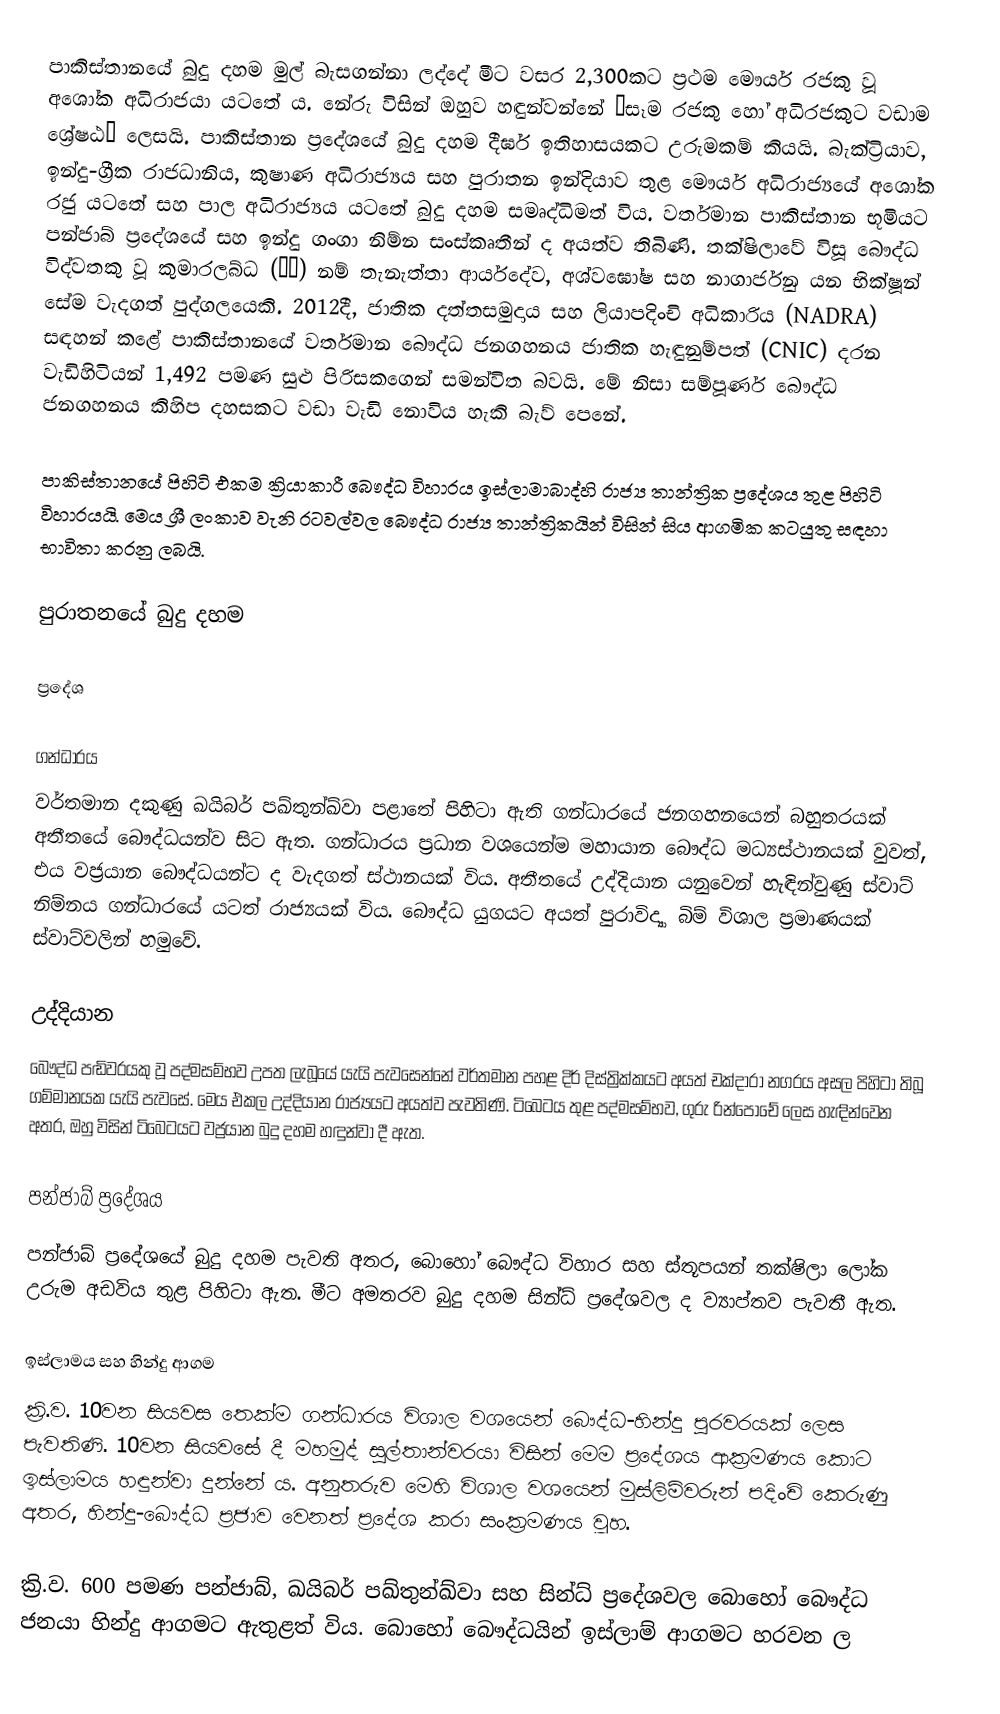
පාකිස්තානයේ බුදු දහම මුල් බැසගන්නා ලද්දේ මීට වසර 2,300කට ප්‍රථම මෞර්ය රජකු වූ අශෝක අධිරාජයා යටතේ ය. නේරු විසින් ඔහුව හඳුන්වන්නේ “සෑම රජකු හෝ අධිරජකුට වඩාම ශ්‍රේෂඨ” ලෙසයි. පාකිස්තාන ප්‍රදේශයේ බුදු දහම දීර්ඝ ඉතිහාසයකට උරුමකම් කියයි. බැක්ට්‍රියාව, ඉන්දු-ග්‍රීක රාජධානිය, කුෂාණ අධිරාජ්‍යය සහ පුරාතන ඉන්දියාව තුළ මෞර්ය අධිරාජ්‍යයේ අශෝක රජු යටතේ සහ පාල අධිරාජ්‍යය යටතේ බුදු දහම සමෘද්ධිමත් විය. වර්තමාන පාකිස්තාන භූමියට පන්ජාබ් ප්‍රදේශයේ සහ ඉන්දු ගංගා නිම්න සංස්කෘතීන් ද අයත්ව තිබිණි. තක්ෂිලාවේ විසූ බෞද්ධ විද්වතකු වූ කුමාරලබ්ධ (童受) නම් තැනැත්තා ආර්යදේව, අශ්වඝෝෂ සහ නාගාර්ජුන යන භික්ෂූන් සේම වැදගත් පුද්ගලයෙකි. 2012දී, ජාතික දත්තසමුදාය සහ ලියාපදිංචි අධිකාරිය (NADRA) සඳහන් කළේ පාකිස්තානයේ වර්තමාන බෞද්ධ ජනගහනය ජාතික හැඳුනුම්පත් (CNIC) දරන වැඩිහිටියන් 1,492 පමණ සුළු පිරිසකගෙන් සමන්විත බවයි. මේ නිසා සම්පූර්ණ බෞද්ධ ජනගහනය කිහිප දහසකට වඩා වැඩි නොවිය හැකි බැව් පෙනේ.

පාකිස්තානයේ පිහිටි එකම ක්‍රියාකාරී බෞද්ධ විහාරය ඉස්ලාමාබාද්හි රාජ්‍ය තාන්ත්‍රික ප්‍රදේශය තුළ පිහිටි විහාරයයි. මෙය ශ්‍රී ලංකාව වැනි රටවල්වල බෞද්ධ රාජ්‍ය තාන්ත්‍රිකයින් විසින් සිය ආගමික කටයුතු සඳහා භාවිතා කරනු ලබයි.

පුරාතනයේ බුදු දහම

ප්‍රදේශ

ගන්ධාරය
වර්තමාන දකුණු ඛයිබර් පඛ්තුන්ඛ්වා පළාතේ පිහිටා ඇති ගන්ධාරයේ ජනගහනයෙන් බහුතරයක් අතීතයේ බෞද්ධයන්ව සිට ඇත. ගන්ධාරය ප්‍රධාන වශයෙන්ම මහායාන බෞද්ධ මධ්‍යස්ථානයක් වුවත්, එය වජ්‍රයාන බෞද්ධයන්ට ද වැදගත් ස්ථානයක් විය. අතීතයේ උද්දියාන යනුවෙන් හැඳින්වුණු ස්වාට් නිම්නය ගන්ධාරයේ යටත් රාජ්‍යයක් විය. බෞද්ධ යුගයට අයත් පුරාවිද්‍යා බිම් විශාල ප්‍රමාණයක් ස්වාට්වලින් හමුවේ.

උද්දියාන
බෞද්ධ පඬිවරයකු වූ පද්මසම්භව උපත ලැබූයේ යැයි පැවසෙන්නේ වර්තමාන පහළ දිර් දිස්ත්‍රික්කය‍ට අයත් චක්දාරා නගරය අසල පිහි‍ටා තිබූ ගම්මානයක යැයි පැවසේ. මෙය එකල උද්දියාන රාජ්‍යයට අයත්ව පැවතිණි. ටිබෙටය තුළ පද්මසම්භව, ගුරු රින්පොචේ ලෙස හැඳින්වෙන අතර, ඔහු විසින් ටිබෙටයට වජ්‍රයාන බුදු දහම හඳුන්වා දී ඇත.

පන්ජාබ් ප්‍රදේශය
පන්ජාබ් ප්‍රදේශයේ බුදු දහම පැවති අතර, බොහෝ බෞද්ධ විහාර සහ ස්තූපයන් තක්ෂිලා ලෝක උරුම අඩවිය තුළ පිහිටා ඇත. මීට අමතරව බුදු දහම සින්ධ් ප්‍රදේශවල ද ව්‍යාප්තව පැවතී ඇත.

ඉස්ලාමය සහ හින්දු ආගම
ක්‍රි.ව. 10වන සියවස තෙක්ම ගන්ධාරය විශාල වශයෙන් බෞද්ධ-හින්දු පුරවරයක් ලෙස පැවතිණි. 10වන සියවසේ දී මහමුද් සුල්තාන්වරයා විසින් මෙම ප්‍රදේශය ආක්‍රමණය කොට ඉස්ලාමය හඳුන්වා දුන්නේ ය. අනුතරුව මෙහි විශාල වශයෙන් මුස්ලිම්වරුන් පදිංචි කෙරුණු අතර, හින්දු-බෞද්ධ ප්‍රජාව වෙනත් ප්‍රදේශ කරා සංක්‍රමණය වූහ.

ක්‍රි.ව. 600 පමණ පන්ජාබ්, ඛයිබර් පඛ්තුන්ඛ්වා සහ සින්ධ් ප්‍රදේශවල බොහෝ බෞද්ධ ජනයා හින්දු ආගමට ඇතුළත් විය. බොහෝ බෞද්ධයින් ඉස්ලාම් ආගමට හරවන ල